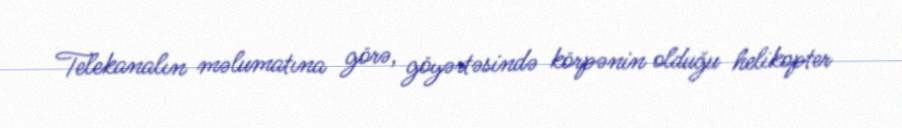
Telekanalın məlumatına görə, göyərtəsində körpənin olduğu helikopter